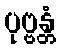
ပုဗ္ဗန္တံ